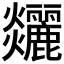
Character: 𤓧